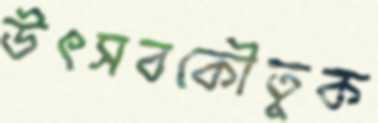
উৎসবকৌতুক